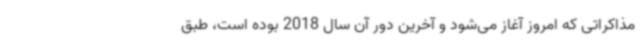
مذاکراتی که امروز آغاز می‌شود و آخرین دور آن سال 2018 بوده است، طبق